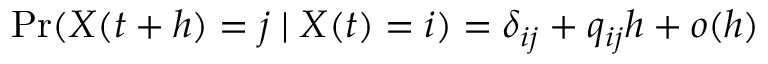
\operatorname* { P r } ( X ( t + h ) = j \mid X ( t ) = i ) = \delta _ { i j } + q _ { i j } h + o ( h )